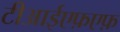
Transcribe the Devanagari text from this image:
टीआईएफ़एफ़